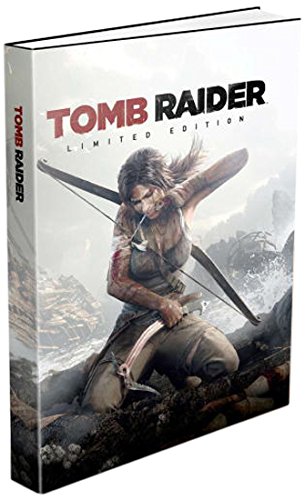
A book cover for Tomb Raider Limited Edition Strategy Guide; BradyGames; Humor & Entertainment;